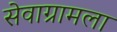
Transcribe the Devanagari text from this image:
सेवाग्रामला